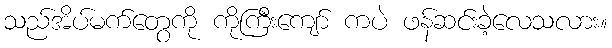
သည်အိပ်မက်တွေကို ကိုကြီးကျော် ကပဲ ဖန်ဆင်းခဲ့လေသလား။